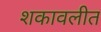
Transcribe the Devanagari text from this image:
शकावलीत